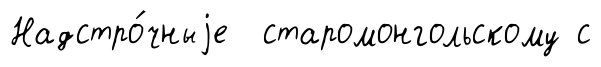
Надстро́чныjе старомонгольскому с